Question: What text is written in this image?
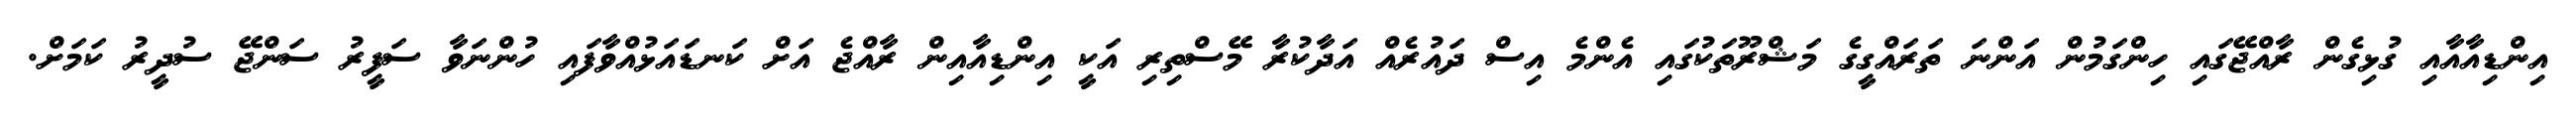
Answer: އިންޑިއާއާއި ގުޅިގެން ރާއްޖޭގައި ހިންގަމުން އަންނަ ތަރައްގީގެ މަޝްރޫތަކުގައި އެންމެ އިސް ދައުރެއް އަދާކުރާ މޭސްތިރި އަކީ އިންޑިއާއިން ރާއްޖެ އަށް ކަނޑައަޅުއްވާފައި ހުންނަވާ ސަފީރު ސަންޖޭ ސުދީރު ކަމަށް.